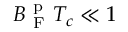
B _ { \mathrm { ~ F ~ } } ^ { \mathrm { ~ p ~ } } T _ { c } \ll 1